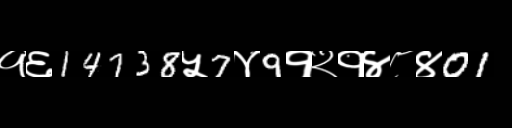
Text: १६14738५7४9१२१४८४01